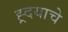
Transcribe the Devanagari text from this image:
ह्र्दयाचे